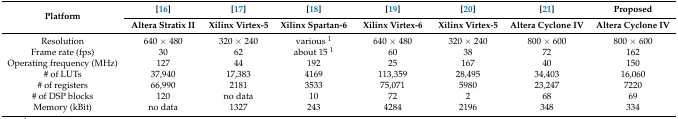
<table><thead><tr><td rowspan="2"><b>Platform</b></td><td><b>[16]</b></td><td><b>[17]</b></td><td><b>[18]</b></td><td><b>[19]</b></td><td><b>[20]</b></td><td><b>[21]</b></td><td><b>Proposed</b></td></tr><tr><td><b>Altera Stratix II</b></td><td><b>Xilinx Virtex-5</b></td><td><b>Xilinx Spartan-6</b></td><td><b>Xilinx Virtex-6</b></td><td><b>Xilinx Virtex-5</b></td><td><b>Altera Cyclone IV</b></td><td><b>Altera Cyclone IV</b></td></tr></thead><tbody><tr><td>Resolution</td><td>640 × 480</td><td>320 × 240</td><td>various <sup>1</sup></td><td>640 × 480</td><td>320 × 240</td><td>800 × 600</td><td>800 × 600</td></tr><tr><td>Frame rate (fps)</td><td>30</td><td>62</td><td>about 15 <sup>1</sup></td><td>60</td><td>38</td><td>72</td><td>162</td></tr><tr><td>Operating frequency (MHz)</td><td>127</td><td>44</td><td>192</td><td>25</td><td>167</td><td>40</td><td>150</td></tr><tr><td># of LUTs</td><td>37,940</td><td>17,383</td><td>4169</td><td>113,359</td><td>28,495</td><td>34,403</td><td>16,060</td></tr><tr><td># of registers</td><td>66,990</td><td>2181</td><td>3533</td><td>75,071</td><td>5980</td><td>23,247</td><td>7220</td></tr><tr><td># of DSP blocks</td><td>120</td><td>no data</td><td>10</td><td>72</td><td>2</td><td>68</td><td>69</td></tr><tr><td>Memory (kBit)</td><td>no data</td><td>1327</td><td>243</td><td>4284</td><td>2196</td><td>348</td><td>334</td></tr></tbody></table>